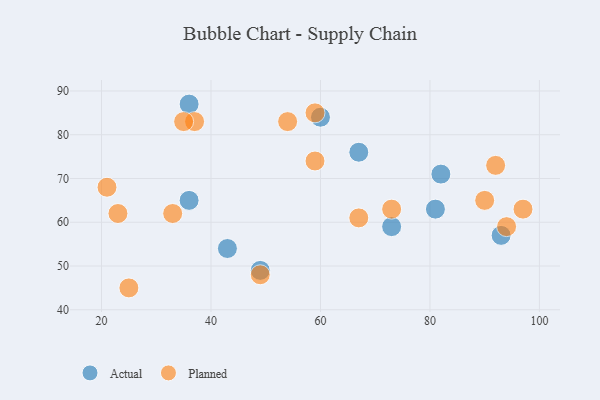
{"axis": {"x": "GDP", "y": "Life Expectancy"}, "legend": ["Actual", "Planned"], "data": [{"x": "36", "y": 87, "type": "Actual"}, {"x": "67", "y": 76, "type": "Actual"}, {"x": "43", "y": 54, "type": "Actual"}, {"x": "81", "y": 63, "type": "Actual"}, {"x": "82", "y": 71, "type": "Actual"}, {"x": "73", "y": 59, "type": "Actual"}, {"x": "60", "y": 84, "type": "Actual"}, {"x": "93", "y": 57, "type": "Actual"}, {"x": "36", "y": 65, "type": "Actual"}, {"x": "49", "y": 49, "type": "Actual"}, {"x": "23", "y": 62, "type": "Planned"}, {"x": "67", "y": 61, "type": "Planned"}, {"x": "37", "y": 83, "type": "Planned"}, {"x": "94", "y": 59, "type": "Planned"}, {"x": "54", "y": 83, "type": "Planned"}, {"x": "59", "y": 85, "type": "Planned"}, {"x": "49", "y": 48, "type": "Planned"}, {"x": "90", "y": 65, "type": "Planned"}, {"x": "35", "y": 83, "type": "Planned"}, {"x": "59", "y": 74, "type": "Planned"}, {"x": "73", "y": 63, "type": "Planned"}, {"x": "92", "y": 73, "type": "Planned"}, {"x": "33", "y": 62, "type": "Planned"}, {"x": "21", "y": 68, "type": "Planned"}, {"x": "97", "y": 63, "type": "Planned"}, {"x": "25", "y": 45, "type": "Planned"}]}